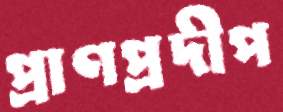
প্রাণপ্রদীপ